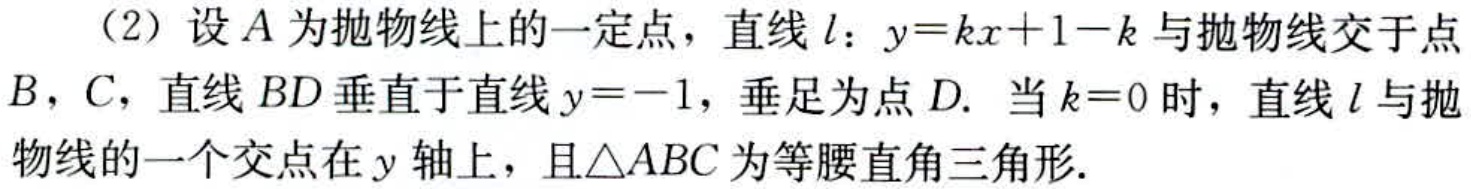
（2）设\(A\)为抛物线上的一定点，直线\(l\)：\(y = kx + 1 - k\)与抛物线交于点\(B\)，\(C\)，直线\(BD\)垂直于直线\(y = -1\)，垂足为点\(D\). 当\(k = 0\)时，直线\(l\)与抛物线的一个交点在\(y\)轴上，且\(\triangle ABC\)为等腰直角三角形.